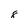
Character: 8